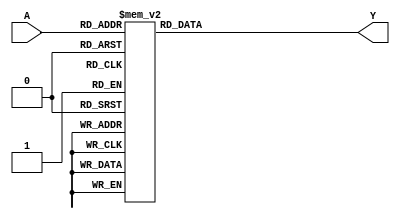
module seven_seg_decoder_decimal(A,Y);
input wire [3:0] A;
output reg [6:0] Y;

always@(A)
begin
case (A)
	4'd0: Y<=7'b100_0000;
	4'd1: Y<=7'b111_1001;
	4'd2: Y<=7'b010_0100;
	4'd3: Y<=7'b011_0000;
	4'd4: Y<=7'b001_1001;
	4'd5: Y<=7'b001_0010;
	4'd6: Y<=7'b000_0010;
	4'd7: Y<=7'b111_1000;
	4'd8: Y<=7'b000_0000;
	4'd9: Y<=7'b001_0000;
	default: Y<=7'bxxx_xxxx;
endcase
end
endmodule